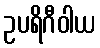
ဥပရိဂီဝါယ